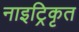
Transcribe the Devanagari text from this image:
नाइट्रिकृत